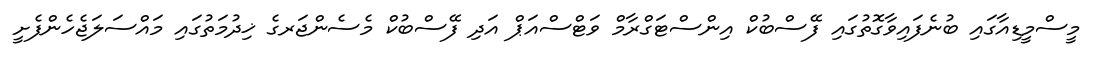
މީސްމީޑިއާގައި ބުނެފައިވާގޮތުގައި ފޭސްބުކް އިންސްޓަގްރާމް ވަޓްސްއަޕް އަދި ފޭސްބުކް މެސެންޖަރގެ ޚިދުމަތުގައި މައްސަލަޖެހެންފެށީ